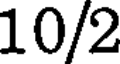
10/2